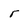
Character: r